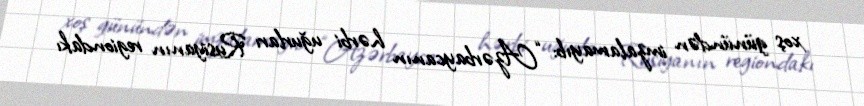
xoş günündən imzalamayıb: “Azərbaycanın hərbi uğurları Rusiyanın regiondakı